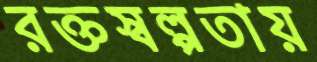
রক্তস্বল্পতায়